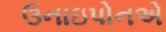
ઉનાઇપોનએ